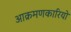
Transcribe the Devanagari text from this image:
आक्रमणकारियो